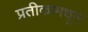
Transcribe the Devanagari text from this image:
प्रतीकामधून